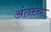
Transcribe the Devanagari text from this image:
अंंतस्था